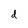
Character: d